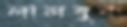
লালবুক